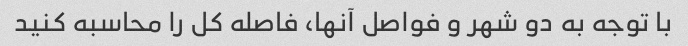
با توجه به دو شهر و فواصل آنها، فاصله کل را محاسبه کنید